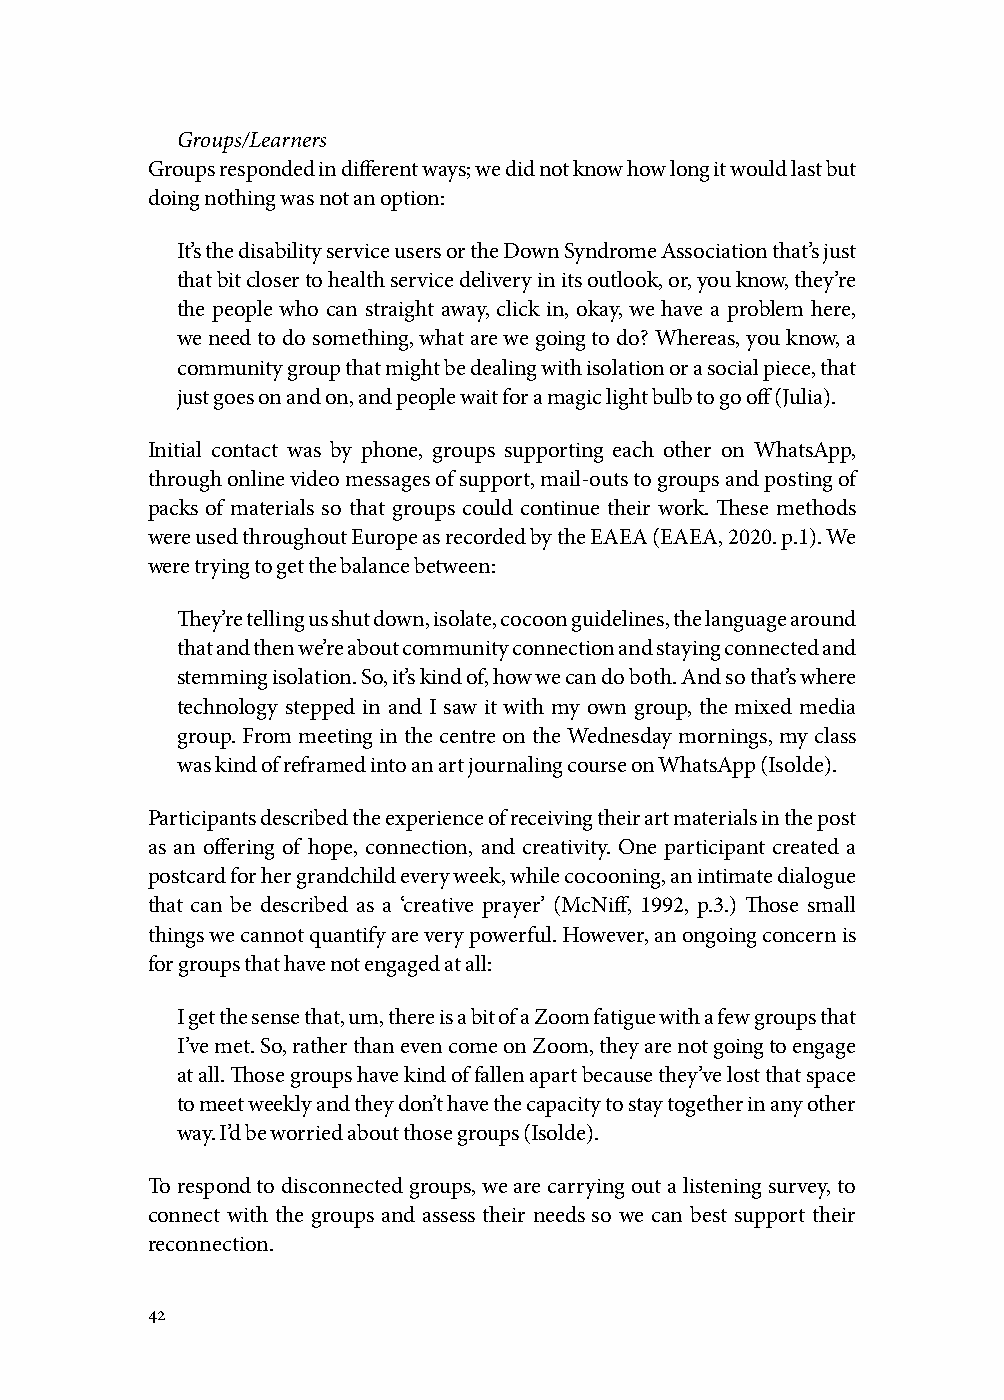
Groups/Learners
 Groups responded in different ways; we did not know how long it would last but
 doing nothing was not an option:
 It’s the disability service users or the Down Syndrome Association that’s just
 that bit closer to health service delivery in its outlook, or, you know, they’re
 the people who can straight away, click in, okay, we have a problem here,
 we need to do something, what are we going to do? Whereas, you know, a
 community group that might be dealing with isolation or a social piece, that
 just goes on and on, and people wait for a magic light bulb to go off (Julia).
 Initial contact was by phone, groups supporting each other on WhatsApp,
 through online video messages of support, mail-outs to groups and posting of
 packs of materials so that groups could continue their work. These methods
 were used throughout Europe as recorded by the EAEA (EAEA, 2020. p.1). We
 were trying to get the balance between:
 They’re telling us shut down, isolate, cocoon guidelines, the language around
 that and then we’re about community connection and staying connected and
 stemming isolation. So, it’s kind of, how we can do both. And so that’s where
 technology stepped in and I saw it with my own group, the mixed media
 group. From meeting in the centre on the Wednesday mornings, my class
 was kind of reframed into an art journaling course on WhatsApp (Isolde).
 Participants described the experience of receiving their art materials in the post
 as an offering of hope, connection, and creativity. One participant created a
 postcard for her grandchild every week, while cocooning, an intimate dialogue
 that can be described as a ‘creative prayer’ (McNiff, 1992, p.3.) Those small
 things we cannot quantify are very powerful. However, an ongoing concern is
 for groups that have not engaged at all:
 I get the sense that, um, there is a bit of a Zoom fatigue with a few groups that
 I’ve met. So, rather than even come on Zoom, they are not going to engage
 at all. Those groups have kind of fallen apart because they’ve lost that space
 to meet weekly and they don’t have the capacity to stay together in any other
 way. I’d be worried about those groups (Isolde).
 To respond to disconnected groups, we are carrying out a listening survey, to
 connect with the groups and assess their needs so we can best support their
 reconnection.
 42